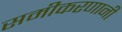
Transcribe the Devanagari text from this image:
समीकरणानी